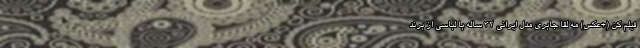
فیلم ‌کن (+عکس) مه لقا جابری مدل ایرانی ۳۲ ساله با لباسی از برند